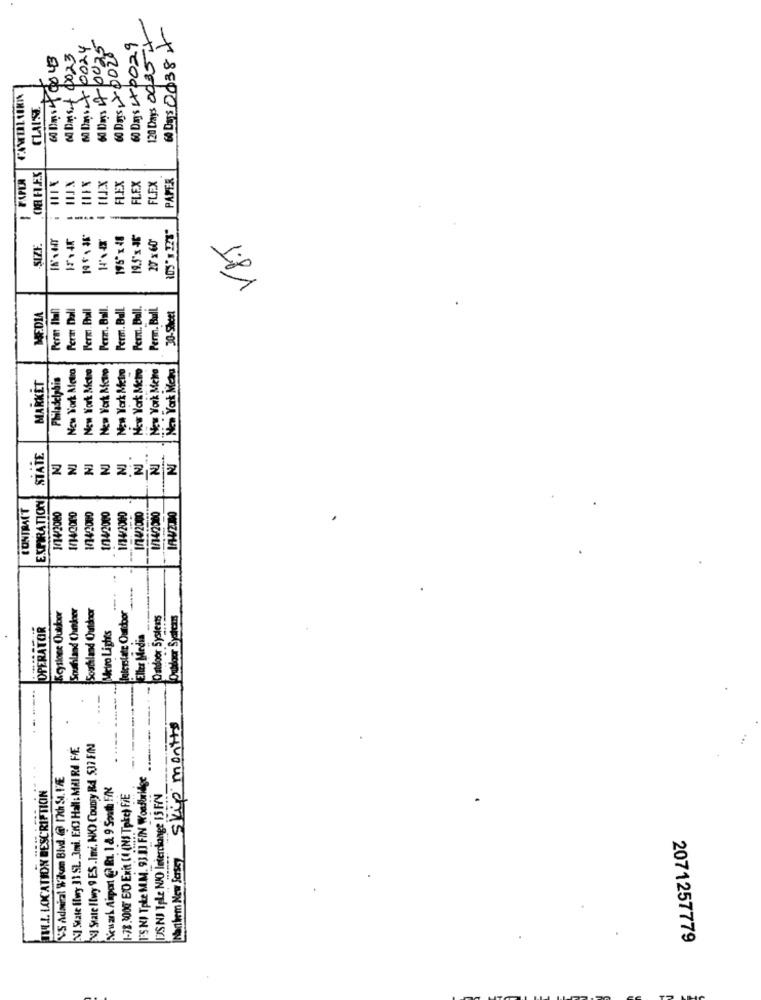
120 Days 00357
0030038*
60 Days 20028
Monst 4023
60 Das2×0024
60 Days 1X0029
60 Days 47 002
PAPER
PAPER
HIJx
FLEX
FLEX
FLEX
-
IN' 44T
195" x 48
19.5'x 35
18.5
SIZE.
Fera Dall
Fermi. Phall
Ferm. Ball.
Ferm. Bull
Peric. Ball.
Perm. Bull
30-Sheet
MEDIA
Perat Ital
New York Aletra
New York Metro
New York Maire
New York Metro
New York Metro
New York Metro
New York Mets
MARKET
STATE
NJ
NJ
NJ
NI
ZZZZZZZZ
EXPIRATION
CONTRACT
1/4/2000
1/4/2000
1/42000
1/14/2080
1/140000
1/14/2000
1/14/2000
-
-.
Southland Chunboer
Southland Outdoor
Interstate Outdoor
&cytlone Outdoor
Outdoor Systemts
OPERATOR
Metro Light's
Eller Media
Manthem New Jersey Skip months
NO State iwy 11 SL 3mi. EX Hall: MAI RE FÆE.
State Itwy 9 ES.Imi, NIC) County RA 537 FIN
VS Admiral Wikon Blvd. @@ 17che SI. I'VE
TS NI Tpke MM. 93.1] FIN Wondbridge
IWILL. LOCATION DESCRIPTION
Newark Airport @ Rt. 1 & 9 South FIN
1-78.3000 EXO Exit (( (NS Take) FIE
DSNJ Tple NJO Interchange IS FrV
2071257779